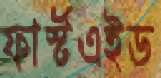
ফার্স্টএইড